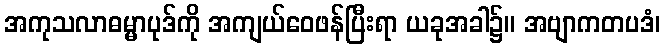
အကုသလာဓမ္မာပုဒ်ကို အကျယ်ဝေဖန်ပြီးရာ ယခုအခါ၌။ အဗျာကတပဒံ၊